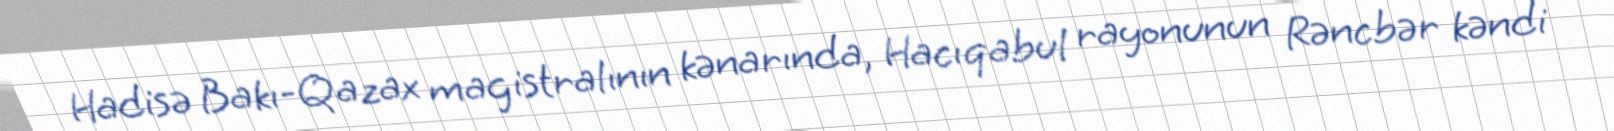
Hadisə Bakı-Qazax magistralının kənarında, Hacıqabul rayonunun Rəncbər kəndi